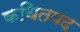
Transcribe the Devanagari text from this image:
कथितपद